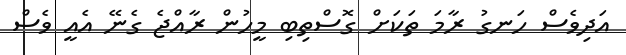
އަދިވެސް ހަނގު ރާމަ ތަކަށް ގޮސްތިބި މީހުން ރާއްޖެ ގެނޭ އެއީ ވެސް